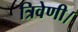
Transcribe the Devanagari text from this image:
त्रिवेणी।